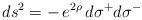
\begin{align*}\:ds^{2} = -\,e^{2\rho }\,d\sigma^{+}d\sigma^{-}\:\end{align*}